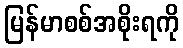
မြန်မာစစ်အစိုးရကို